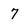
Character: 7